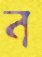
ব